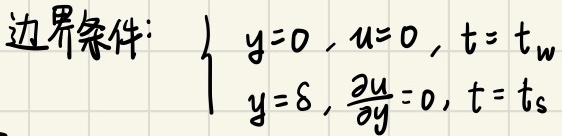
边界条件：
$\begin{cases}
y = 0, u = 0, t = t_w\\
y=\delta, \frac{\partial u}{\partial y}=0, t = t_s
\end{cases}$